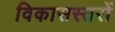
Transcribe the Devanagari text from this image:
विकासस्तरों